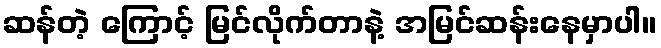
ဆန်တဲ့ ကြောင့် မြင်လိုက်တာနဲ့ အမြင်ဆန်းနေမှာပါ။